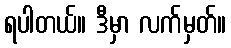
ရပါတယ်။ ဒီမှာ လက်မှတ်။